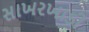
સાખરખાડી